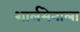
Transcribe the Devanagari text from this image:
शार्लमेनाला